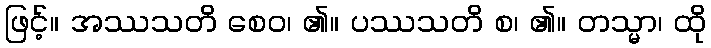
ဖြင့်။ အဿသတိ စေဝ၊ ၏။ ပဿသတိ စ၊ ၏။ တသ္မာ၊ ထို